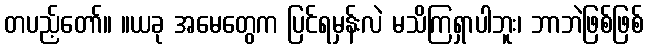
တပည့်တော်။ ။ယခု အမေတွေက ပြင်ရမှန်းလဲ မသိကြရှာပါဘူး၊ ဘာဘဲဖြစ်ဖြစ်